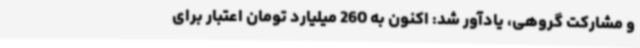
و مشارکت گروهی، یادآور شد: اکنون به 260 میلیارد تومان اعتبار برای